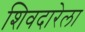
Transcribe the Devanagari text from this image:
शिवदारेला